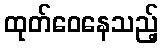
ထုတ်ဝေနေသည့်